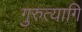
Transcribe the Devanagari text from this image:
गुरुत्यागि